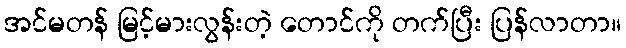
အင်မတန် မြင့်မားလွန်းတဲ့ တောင်ကို တက်ပြီး ပြန်လာတာ။